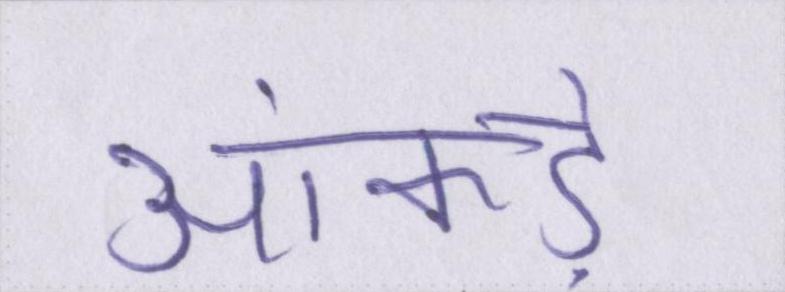
आंकड़े